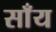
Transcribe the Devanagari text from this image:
साँय